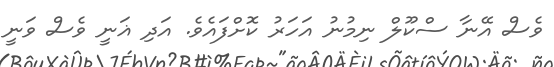
ވެސް އޭނާ ސްކޫލް ނިމުނު އަހަރު ކޮށްފައެވެ. އަދި ޣަނީ ވެސް ވަނީ